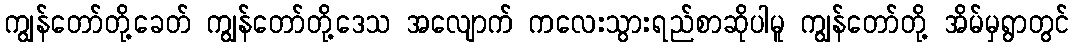
ကျွန်တော်တို့ခေတ် ကျွန်တော်တို့ဒေသ အလျောက် ကလေးသွားရည်စာဆိုပါမူ ကျွန်တော်တို့ အိမ်မှရွာတွင်